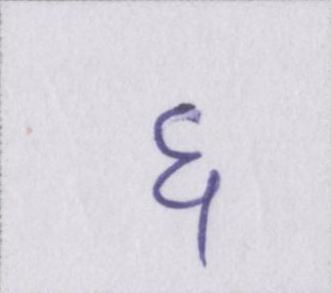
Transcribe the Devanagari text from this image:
६